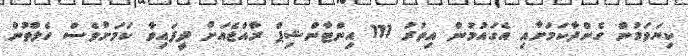
ކިޔަވަމުން ގެންދާކަމަށާއި އެގައުމުން އިތުރު 111 އިންޓާންޝިޕް ރާއްޖެއަށް ދީފައިވާ ކަމަށްވެސް ހެލްތުން